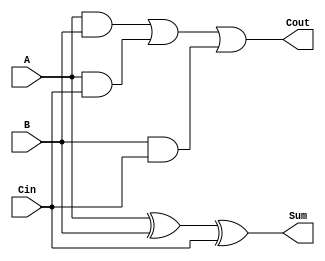
module FA(A, B, Cin, Sum, Cout);
	
	input A, B, Cin;
	output Sum, Cout;
	
	/*  Using half adder to implement FA */
	/*
	wire S1, C1;
	wire S2, C2;
	wire C3;
	
	HA (A, B, S1, C1);
	HA (Cin, S1, S2, C2);
	or (C3, C1, C2);
	
	assign Sum = S2;
	assign Cout = C3;
	*/
	
	wire S1, S2, S3;
	// logic sum
	xor xor1(Sum, A, B, Cin); 

	// logic Cout 
	and and1(S1, A, B);
	and and2(S2, A, Cin);
	and and3(S3, B, Cin);
	or or1(Cout, S1, S2, S3);

	
endmodule